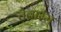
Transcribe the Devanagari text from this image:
तेवारम्‌